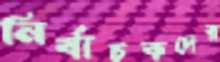
নির্বাচকদের